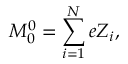
M _ { 0 } ^ { 0 } = \sum _ { i = 1 } ^ { N } e Z _ { i } ,